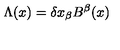
\Lambda ( x ) = \delta x _ { \beta } B ^ { \beta } ( x )